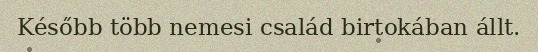
Később több nemesi család birtokában állt.